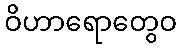
ဝိဟာရောတွေဝ